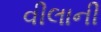
વીલાની